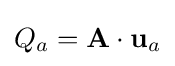
Q_{a}=\mathbf {A} \cdot \mathbf {u} _{a}